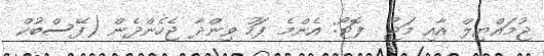
ޖުމައްޔިލް އާއި މަޖޫ  ފޮޓޯ: އެންމެ ފަހު ވިންދާ ޖެހެންދެން (ފޭސްބުކް